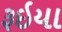
રૂઇયા